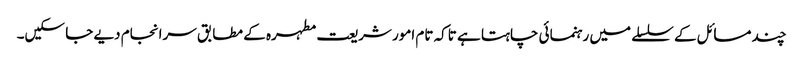
چند مسائل کے سلسلے میں رہنمائی چاہتا ہے تاکہ تام امور شریعت مطہرہ کے مطابق سرانجام دیے جا سکیں۔